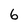
Character: 6